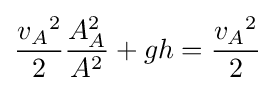
{\frac {{v_{A}}^{2}}{2}}{\frac {A_{A}^{2}}{A^{2}}}+gh={\frac {{v_{A}}^{2}}{2}}